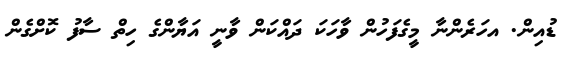
ޑުއިން. އހަރެންނާ މީގެފަހުން ވާހަކަ ދައްކަން ވާނީ އަޔާންގެ ހިތްް ސާފު ކޮށްގެންް